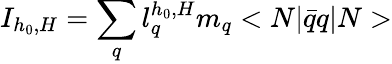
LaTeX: I_{h_{0},H}=\sum_{q}l_{q}^{h_{0},H}m_{q}<N|\bar{q}q|N>